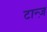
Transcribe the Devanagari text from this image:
टान्ज़